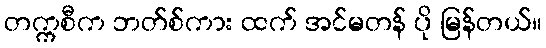
တက္ကစီက ဘတ်စ်ကား ထက် အင်မတန် ပို မြန်တယ်။